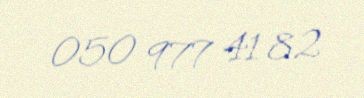
050 977 41 82